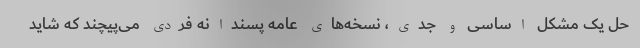
حل یک مشکل اساسی و جدی، نسخه‌های عامه پسندانه فردی می‌پیچند که شاید